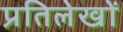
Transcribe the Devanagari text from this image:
प्रतिलेखों